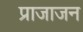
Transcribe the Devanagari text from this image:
प्राजाजन